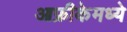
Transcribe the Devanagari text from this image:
आफ्रीकेमध्ये